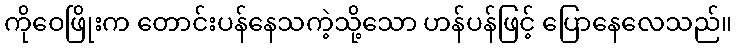
ကိုဝေဖြိုးက တောင်းပန်နေသကဲ့သို့သော ဟန်ပန်ဖြင့် ပြောနေလေသည်။